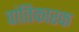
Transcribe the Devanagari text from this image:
वांतिकारक